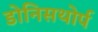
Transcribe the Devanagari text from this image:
डोनिसथोर्प